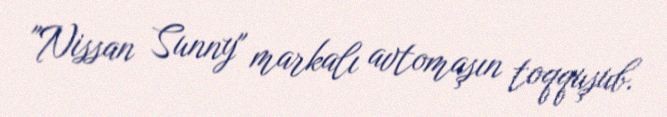
"Nissan Sunny" markalı avtomaşın toqquşub.